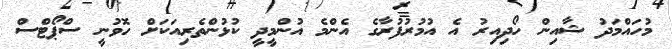
މުހައްމަދު ޝާއިން ހޯދިއިރު އެ އުމުރުފުރާގެ އެންމެ އުންމީދީ ކުޅުންތެރިއަކަށް ހޮވުނީ ސްޕޯޓްސް